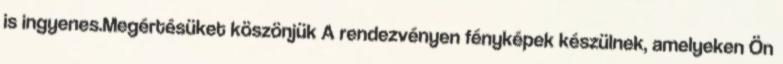
is ingyenes.Megértésüket köszönjük A rendezvényen fényképek készülnek, amelyeken Ön